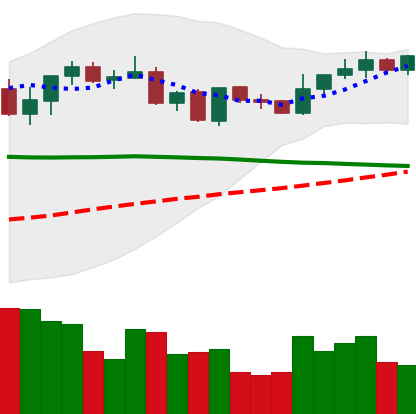
Ticker: XRP-USD
Chart end date: 2021-09-05
Forward return: -19.014%
Label: down_7plus